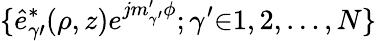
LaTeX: \{ \hat{e}_{\gamma\prime}^{*}(\rho,z)e^{jm_{\gamma^{\prime}}^{\prime}\phi};\gamma^{\prime}{\in}1,2,\ldots,N\}